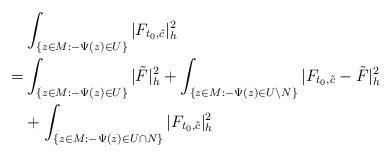
LaTeX: \begin{align*}&\int_{ \{z\in M:-\Psi(z)\in U\}}|F_{t_0,\tilde{c}}|^2_h\\= & \int_{\{z\in M:-\Psi(z)\in U\}}|\tilde F|^2_h+\int_{\{z\in M:-\Psi(z)\in U\backslash N\}}|F_{t_0,\tilde{c}}-\tilde F|^2_h\\&+\int_{ \{z\in M: -\Psi(z)\in U\cap N\}}|F_{t_0,\tilde{c}}|^2_h\end{align*}